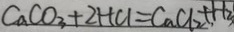
C a C O _ { 3 } + 2 H C l = C a C l _ { 2 } + H _ { 3 }